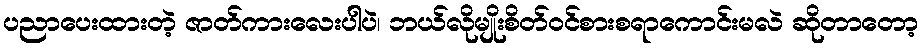
ပညာပေးထားတဲ့ ဇာတ်ကားလေးပါပဲ၊ ဘယ်လိုမျိုးစိတ်ဝင်စားစရာကောင်းမလဲ ဆိုတာတော့